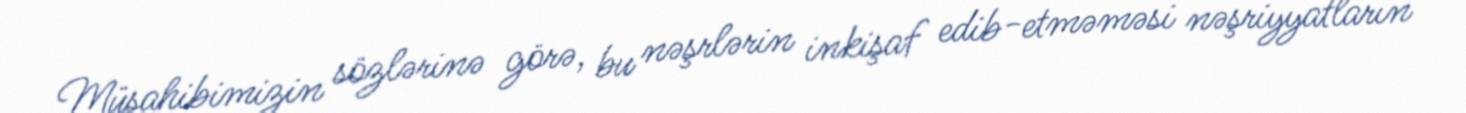
Müsahibimizin sözlərinə görə, bu nəşrlərin inkişaf edib-etməməsi nəşriyyatların